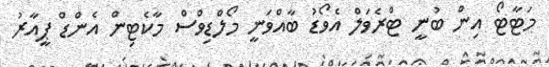
މަޓާޓޯ އިން ބުނީ ޓްރެވަލް އެވޯޑު ބާއްވަނީ މޯލްޑިވްސް މާކެޓިން އެންޑް ޕީއާރު